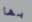
بها